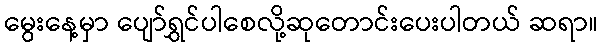
မွေးနေ့မှာ ပျော်ရွှင်ပါစေလို့ဆုတောင်းပေးပါတယ် ဆရာ။